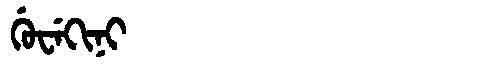
Manchu: ᡤᡠᠸᡝᡴᡳᠨᡳ
Romanization: GUWEKINI